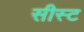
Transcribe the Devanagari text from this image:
सीस्ट